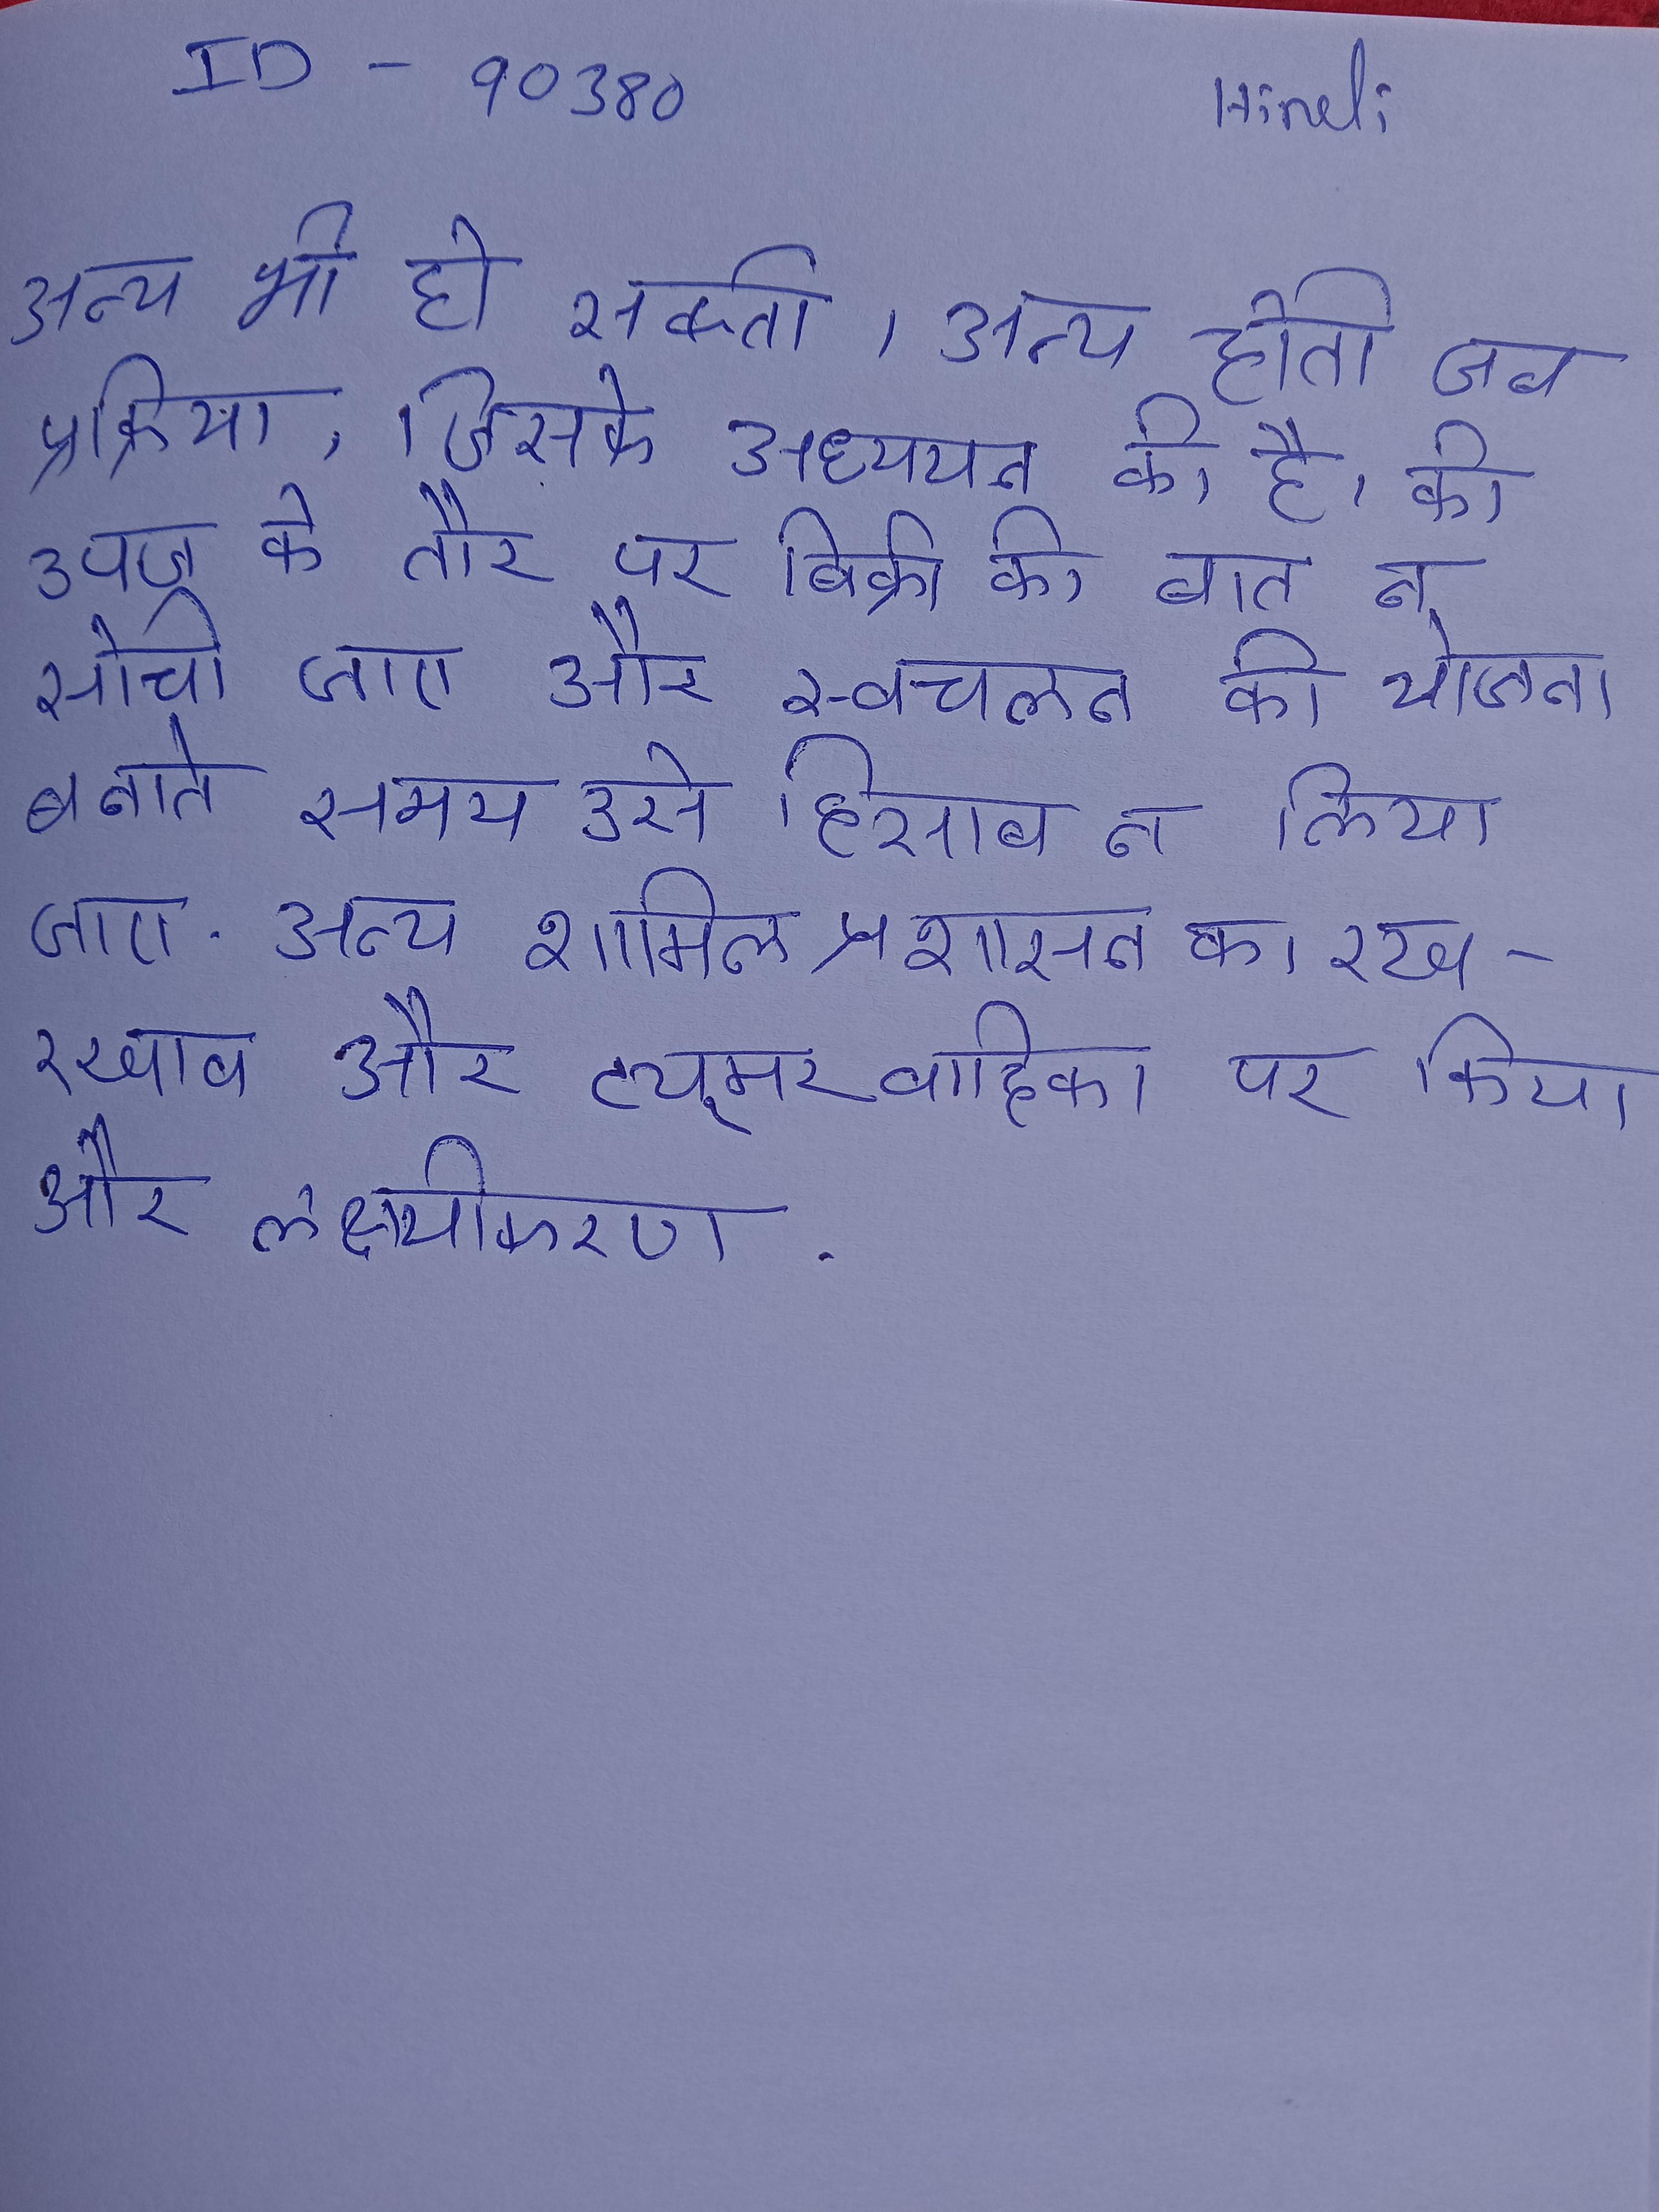
अन्य भी हो सकती । अन्य होती जब प्रक्रिया, जिसके अध्ययन की है, की उपज के तौर पर बिक्री की बात न सोची जाए और स्वचलन की योजना बनाते समय उसे हिसाब न लिया जाए . अन्य शामिल प्रशासन का मार्ग, स्थिरता का रख-रखाव और ट्यूमर वाहिका पर क्रिया और लक्ष्यीकरण .